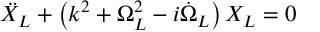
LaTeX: \ddot { X } _ { L } + \left( k ^ { 2 } + \Omega _ { L } ^ { 2 } - i \dot { \Omega } _ { L } \right) X _ { L } = 0 \,